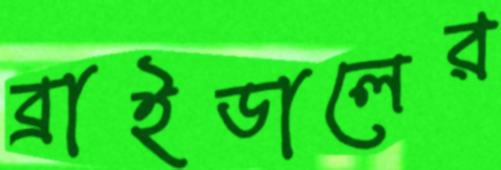
ব্রাইডালের